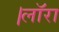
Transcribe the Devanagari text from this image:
।लाॅरा